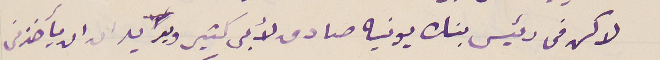
لاكن فى رئيس بنك يونيه صادق لأبى كثير ويريد ان ان يأخذنى